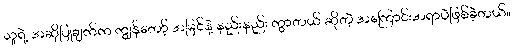
သူရဲ့ အဆိုပြုချက်က ကျွန်တော့် အမြင်နဲ့ နည်းနည်း ကွာတယ် ဆိုတဲ့ အကြောင်းအရာပဲဖြစ်ခဲ့တယ်။